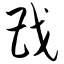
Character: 戡